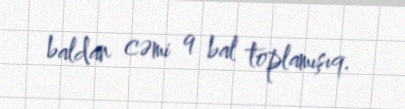
baldan cəmi 9 bal toplamışıq.